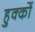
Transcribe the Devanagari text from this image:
हुक्‍कों